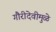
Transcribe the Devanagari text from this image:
गौरीदेवीमुळे